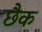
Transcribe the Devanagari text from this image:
छैक